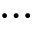
\ldots